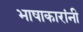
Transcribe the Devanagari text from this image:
भाषाकारांनी